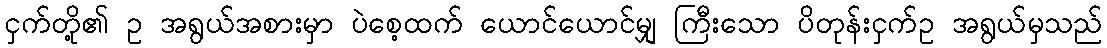
ငှက်တို့၏ ဥ အရွယ်အစားမှာ ပဲစေ့ထက် ယောင်ယောင်မျှ ကြီးသော ပိတုန်းငှက်ဥ အရွယ်မှသည်